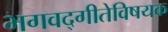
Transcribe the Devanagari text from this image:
भगवद्‌गीतेविषयक